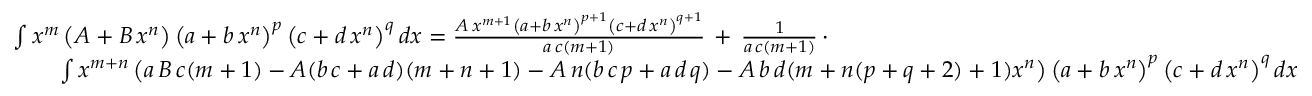
{ \begin{array} { r l } & { \int x ^ { m } \left( A + B \, x ^ { n } \right) \left( a + b \, x ^ { n } \right) ^ { p } \left( c + d \, x ^ { n } \right) ^ { q } d x = { \frac { A \, x ^ { m + 1 } \left( a + b \, x ^ { n } \right) ^ { p + 1 } \left( c + d \, x ^ { n } \right) ^ { q + 1 } } { a \, c ( m + 1 ) } } \, + \, { \frac { 1 } { a \, c ( m + 1 ) } } \, \cdot } \\ & { \qquad \int x ^ { m + n } \left( a \, B \, c ( m + 1 ) - A ( b \, c + a \, d ) ( m + n + 1 ) - A \, n ( b \, c \, p + a \, d \, q ) - A \, b \, d ( m + n ( p + q + 2 ) + 1 ) x ^ { n } \right) \left( a + b \, x ^ { n } \right) ^ { p } \left( c + d \, x ^ { n } \right) ^ { q } d x } \end{array} }